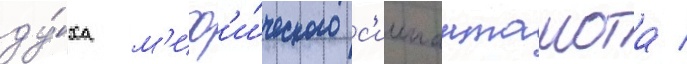
ду́ха м'иф'и́ческого с'иипанташота /